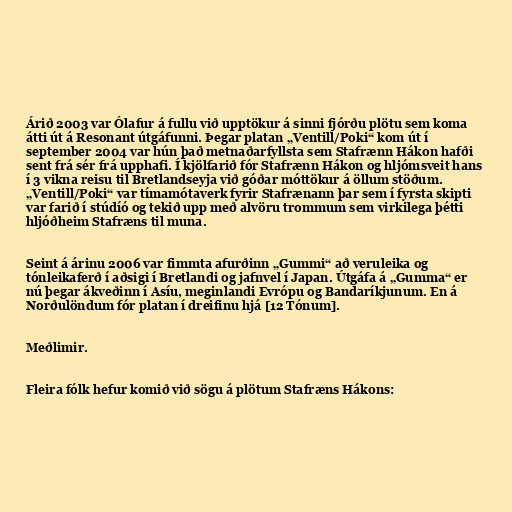
Árið 2003 var Ólafur á fullu við upptökur á sinni fjórðu plötu sem koma
átti út á Resonant útgáfunni. Þegar platan „Ventill/Poki“ kom út í
september 2004 var hún það metnaðarfyllsta sem Stafrænn Hákon hafði
sent frá sér frá upphafi. Í kjölfarið fór Stafrænn Hákon og hljómsveit hans
í 3 vikna reisu til Bretlandseyja við góðar móttökur á öllum stöðum.
„Ventill/Poki“ var tímamótaverk fyrir Stafrænann þar sem í fyrsta skipti
var farið í stúdíó og tekið upp með alvöru trommum sem virkilega þétti
hljóðheim Stafræns til muna.

Seint á árinu 2006 var fimmta afurðinn „Gummi“ að veruleika og
tónleikaferð í aðsigi í Bretlandi og jafnvel í Japan. Útgáfa á „Gumma“ er
nú þegar ákveðinn í Asíu, meginlandi Evrópu og Bandaríkjunum. En á
Norðulöndum fór platan í dreifinu hjá [12 Tónum].

Meðlimir.

Fleira fólk hefur komið við sögu á plötum Stafræns Hákons: